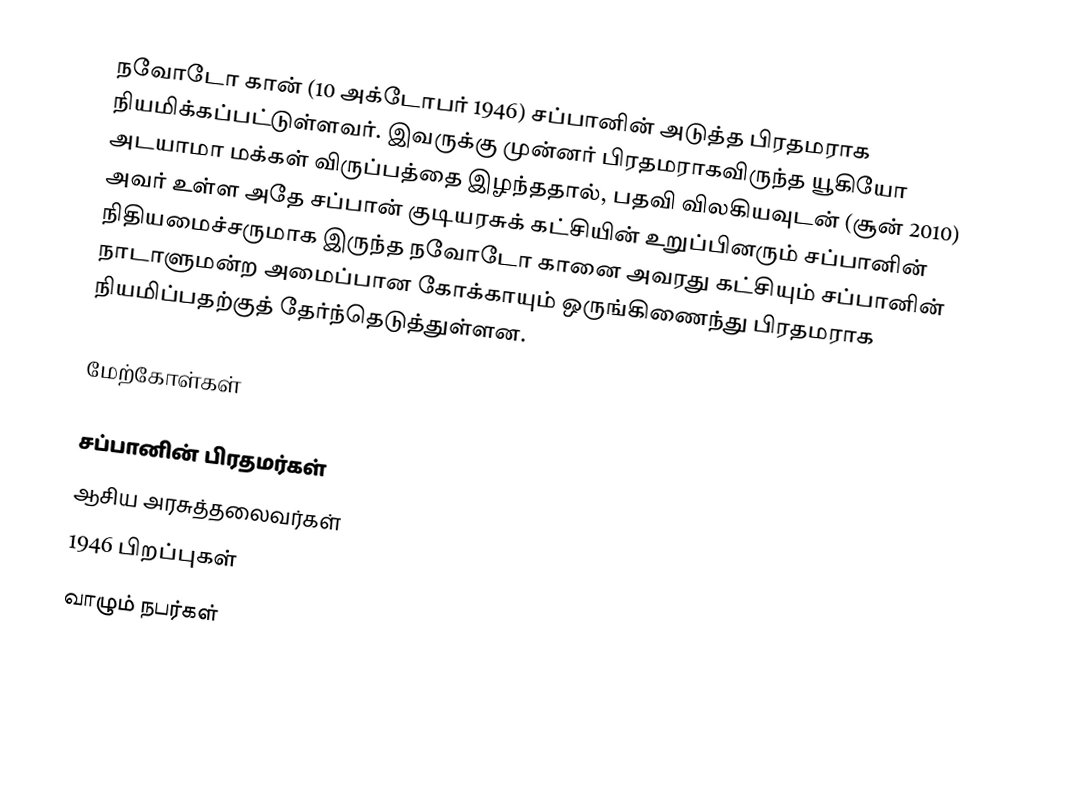
நவோடோ கான் (10 அக்டோபர் 1946) சப்பானின் அடுத்த பிரதமராக நியமிக்கப்பட்டுள்ளவர். இவருக்கு முன்னர் பிரதமராகவிருந்த யூகியோ அடயாமா மக்கள் விருப்பத்தை இழந்ததால், பதவி விலகியவுடன் (சூன் 2010) அவர் உள்ள அதே சப்பான் குடியரசுக் கட்சியின் உறுப்பினரும் சப்பானின் நிதியமைச்சருமாக இருந்த நவோடோ கானை அவரது கட்சியும் சப்பானின் நாடாளுமன்ற அமைப்பான கோக்காயும் ஒருங்கிணைந்து பிரதமராக நியமிப்பதற்குத் தேர்ந்தெடுத்துள்ளன.

மேற்கோள்கள்

சப்பானின் பிரதமர்கள்
ஆசிய அரசுத்தலைவர்கள்
1946 பிறப்புகள்
வாழும் நபர்கள்